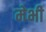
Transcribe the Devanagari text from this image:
मेभी